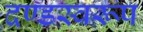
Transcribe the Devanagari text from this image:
दण्डस्वरूप